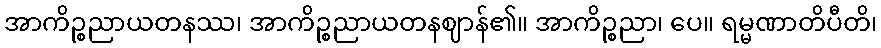
အာကိဉ္စညာယတနဿ၊ အာကိဉ္စညာယတနဈာန်၏။ အာကိဉ္စညာ၊ ပေ။ ရမ္မဏာတိပီတိ၊